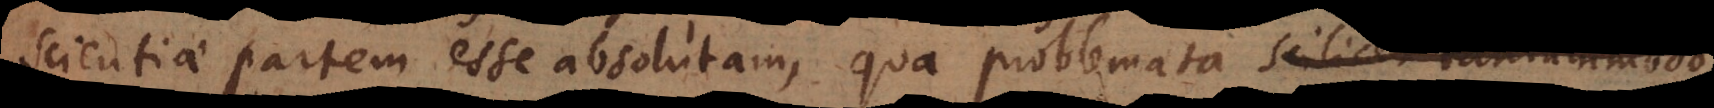
scientiae partem esse absolutam, qua problemata scilicet tantummodo